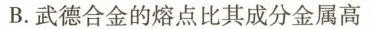
B.无德合金的熔点比其成本金属高